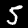
Digit: 5